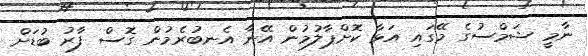
ނާމީ ޝަމްސުގެ މޭގައި އަޅާ ކޮށްޕާލުމުން އޭނާ އެނބުރެމުން ގޮސް ފާރު ބުޑަށް